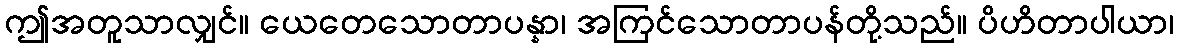
ဤအတူသာလျှင်။ ယေတေသောတာပန္နာ၊ အကြင်သောတာပန်တို့သည်။ ပိဟိတာပါယာ၊